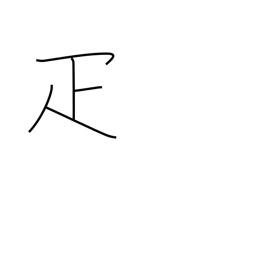
Meaning: counter for animals